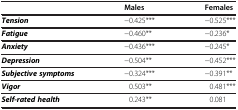
<table><thead><tr><td><b> </b></td><td><b>Males</b></td><td><b>Females</b></td></tr></thead><tbody><tr><td><b><i>Tension</i></b></td><td>−0.425***</td><td>−0.525***</td></tr><tr><td><b><i>Fatigue</i></b></td><td>−0.460**</td><td>−0.236*</td></tr><tr><td><b><i>Anxiety</i></b></td><td>−0.436***</td><td>−0.245*</td></tr><tr><td><b><i>Depression</i></b></td><td>−0.504**</td><td>−0.452***</td></tr><tr><td><b><i>Subjective symptoms</i></b></td><td>−0.324***</td><td>−0.391**</td></tr><tr><td><b><i>Vigor</i></b></td><td>0.503**</td><td>0.481***</td></tr><tr><td><b><i>Self-rated health</i></b></td><td>0.243**</td><td>0.081</td></tr></tbody></table>